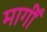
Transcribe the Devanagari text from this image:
मागीँ